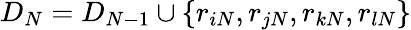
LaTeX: D_{N}=D_{N-1}\cup\{ r_{iN},r_{jN},r_{kN},r_{lN}\}